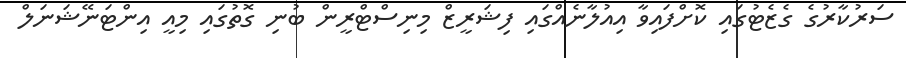
ސަރުކާރުގެ ގެޒެޓުގައި ކޮށްފައިވާ އިއުލާނެއްގައި ފިޝަރީޒް މިނިސްޓްރީން ބުނި ގޮތުގައި މިއީ އިންޓަނޭޝަނަލް